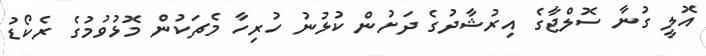
އޮލީ ގުނާ ސޮލްޖާގެ އިރުޝާދުގެ ދަށުން ކުޅުނު ހުރިހާ މެޗަކުން މޮޅުވުމުގެ ރެކޯޑު